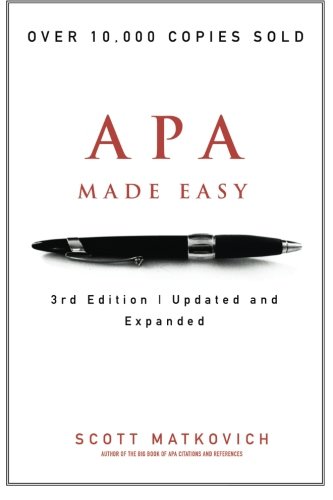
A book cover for APA Made Easy; Mr. Scott R. Matkovich; Reference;